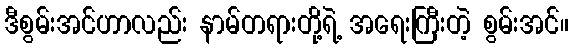
ဒီစွမ်းအင်ဟာလည်း နာမ်တရားတို့ရဲ့ အရေးကြီးတဲ့ စွမ်းအင်။